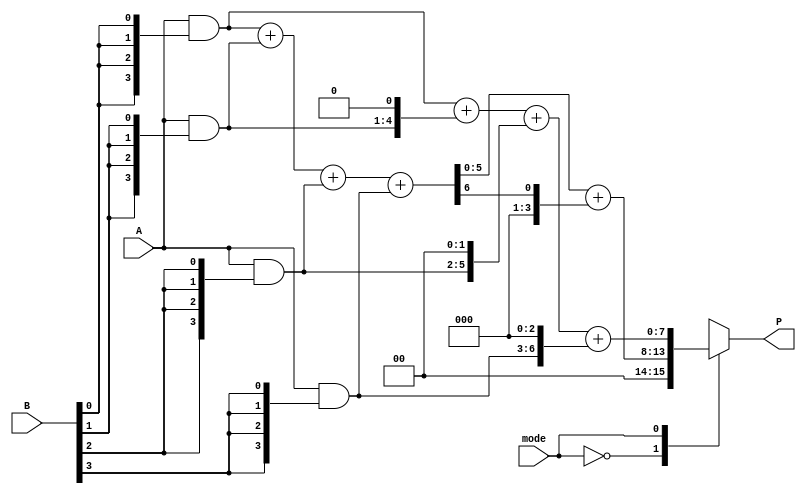
module dual_mode_multiplier #(
    parameter N = 4 // Bit-width of the operands
)(
    input [N-1:0] A,   // Operand A
    input [N-1:0] B,   // Operand B
    input mode,        // Mode select signal (0: Wallace Tree, 1: Array Multiplier)
    output reg [2*N-1:0] P // Product (2N bits wide)
);

    // Generate partial products
    wire [N-1:0] pp [0:N-1]; // Partial products
    genvar i, j;
    generate
        for (i = 0; i < N; i = i + 1) begin : pp_gen
            assign pp[i] = A & {N{B[i]}}; // ANDing A with B's bits
        end
    endgenerate
    
    // Wallace Tree multiplier logic
    wire [N+1:0] sum [0:N-1]; // Intermediate sums
    wire [N-1:0] carry [0:N-2]; // Carry bits

    // Wallace tree reduction
    generate
        for (j = 0; j < N-1; j = j + 1) begin : wallace_tree
            // Each level of reduction
            if (j == 0) begin
                assign {carry[j], sum[j]} = {1'b0, pp[0]} + {1'b0, pp[1]}; // First sum
            end else begin
                assign {carry[j], sum[j]} = sum[j-1] + {1'b0, pp[j+1]};
            end
        end
    endgenerate

    // Final sum of carries in case of Wallace tree
    wire [N+1:0] final_sum;
    assign final_sum = sum[N-2] + carry[N-2];

    // Array multiplier logic
    wire [2*N-1:0] array_sum;
    assign array_sum = pp[0] + {pp[1], 1'b0} + {pp[2], 2'b00} + {pp[3], 3'b000}; // Simplified for N=4

    // Mode selection logic
    always @(*) begin
        case(mode)
            1'b0: P = final_sum; // Wallace Tree output
            1'b1: P = array_sum; // Array Multiplier output
            default: P = 0; // Default case
        endcase
    end

endmodule